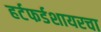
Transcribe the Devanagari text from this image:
हर्टफर्डशायरचा